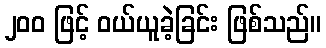
၂၀၀ ဖြင့် ဝယ်ယူခဲ့ခြင်း ဖြစ်သည်။